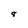
Character: 8